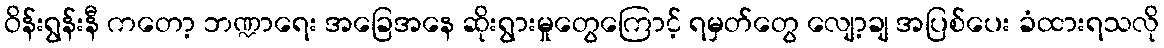
ဝိန်းရွန်းနီ ကတော့ ဘဏ္ဍာရေး အခြေအနေ ဆိုးရွားမှုတွေကြောင့် ရမှတ်တွေ လျော့ချ အပြစ်ပေး ခံထားရသလို